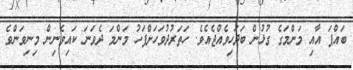
ބައްޕަ އާއި މަންމަގެ ގުޅުން ބަދަހިވެއްޖެއެވެ. ހަތަރުދުވަހަށްފަހު މަންމަ ދެވަނަ ކައިވެނިން މިނިވަންވެ